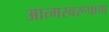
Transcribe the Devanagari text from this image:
आत्मस्वरूपाचा